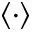
\langle \cdot \rangle